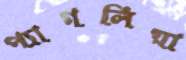
প্যাগলিয়া